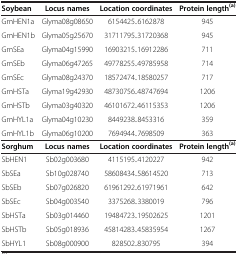
<table><thead><tr><td><b>Soybean</b></td><td><b>Locus names</b></td><td><b>Location coordinates</b></td><td><b>Protein length<sup>(a)</sup></b></td></tr></thead><tbody><tr><td>GmHEN1a</td><td>Glyma08g08650</td><td>6154425..6162878</td><td>945</td></tr><tr><td>GmHEN1b</td><td>Glyma05g25670</td><td>31711795..31720368</td><td>945</td></tr><tr><td>GmSEa</td><td>Glyma04g15990</td><td>16903215..16912286</td><td>711</td></tr><tr><td>GmSEb</td><td>Glyma06g47265</td><td>49778255..49785958</td><td>714</td></tr><tr><td>GmSEc</td><td>Glyma08g24370</td><td>18572474..18580257</td><td>717</td></tr><tr><td>GmHSTa</td><td>Glyma19g42930</td><td>48730756..48747694</td><td>1206</td></tr><tr><td>GmHSTb</td><td>Glyma03g40320</td><td>46101672..46115353</td><td>1206</td></tr><tr><td>GmHYL1a</td><td>Glyma04g10230</td><td>8449238..8453316</td><td>359</td></tr><tr><td>GmHYL1b</td><td>Glyma06g10200</td><td>7694944..7698509</td><td>363</td></tr><tr><td><b>Sorghum</b></td><td><b>Locus names</b></td><td><b>Location coordinates</b></td><td><b>Protein length</b><sup><b>(a)</b></sup></td></tr><tr><td>SbHEN1</td><td>Sb02g003680</td><td>4115195..4120227</td><td>942</td></tr><tr><td>SbSEa</td><td>Sb10g028740</td><td>58608434..58614520</td><td>713</td></tr><tr><td>SbSEb</td><td>Sb07g026820</td><td>61961292..61971961</td><td>642</td></tr><tr><td>SbSEc</td><td>Sb04g003540</td><td>3375268..3380019</td><td>796</td></tr><tr><td>SbHSTa</td><td>Sb03g014460</td><td>19484723..19502625</td><td>1201</td></tr><tr><td>SbHSTb</td><td>Sb05g018936</td><td>45814283..45835954</td><td>1267</td></tr><tr><td>SbHYL1</td><td>Sb08g000900</td><td>828502..830795</td><td>394</td></tr></tbody></table>